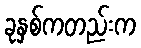
ခုနှစ်ကတည်းက